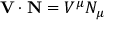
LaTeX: \mathbf { V } \cdot \mathbf { N } = V ^ { \mu } N _ { \mu }